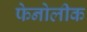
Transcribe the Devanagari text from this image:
फेनोलीक